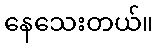
နေသေးတယ်။